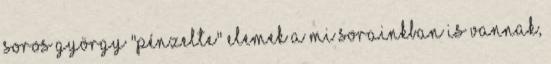
Soros György "pénzelte" elemek a mi sorainkban is vannak,